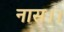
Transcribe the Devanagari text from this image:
नास।।